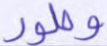
وطور